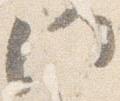
門